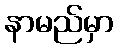
နာမည်မှာ